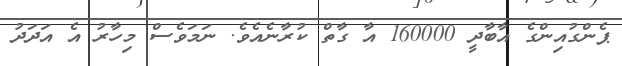
ޕެންގުއިންގެ އާބާދީ 160000 އާ ގާތް ކުރާނެއެވެ. ނަމަވެސް މިހާރު އެ އަދަދު